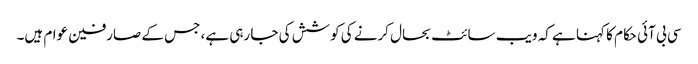
سی بی آئی حکام کا کہنا ہے کہ ویب سائٹ بحال کرنے کی کوشش کی جا رہی ہے، جس کے صارفین عوام ہیں۔